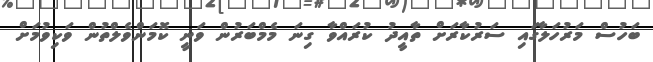
ބަހުސް މަރުހަލާގައި ސަރުކާރަށް ތާއީދު ކުރައްވާ ގިނަ މެމްބަރުން ވަނީ ކޮމަންވެލްތުން ވަކިވުމަށް